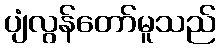
ပျံလွန်တော်မူသည်